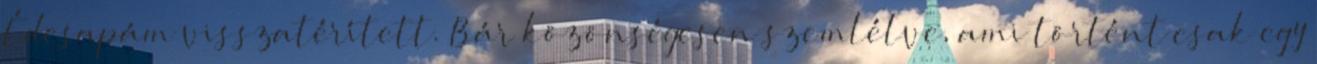
Édesapám visszatérített. Bár közönségesen szemlélve, ami történt csak egy